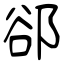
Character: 郤